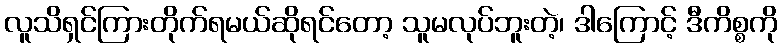
လူသိရှင်ကြားတိုက်ရမယ်ဆိုရင်တော့ သူမလုပ်ဘူးတဲ့၊ ဒါကြောင့် ဒီကိစ္စကို